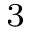
^ { 3 }